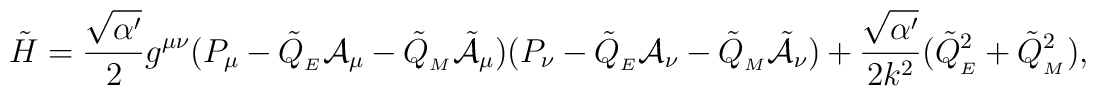
\tilde{H} = \frac{\sqrt{\alpha^\prime}}{2}g^{\mu \nu}(P_\mu - \tilde{Q}_{_{E}}{\cal A}_\mu - \tilde{Q}_{_{M}}\tilde{\cal A}_\mu)(P_\nu - \tilde{Q}_{_{E}}{\cal A}_\nu - \tilde{Q}_{_{M}}\tilde{\cal A}_\nu) + \frac{\sqrt{\alpha^\prime}}{2k^2}({\tilde{Q}_{_{E}}}^2 + {\tilde{Q}_{_{M}}}^2),